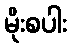
မိုးစပါး